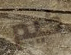
كيم